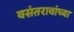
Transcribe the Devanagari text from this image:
वसंतरावांच्‍या